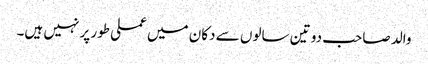
والد صاحب دو تین سالوں سے دکان میں عملی طور پر نہیں ہیں۔